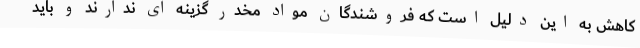
کاهش به این دلیل است که فروشندگان مواد مخدر گزینه ای ندارند و باید